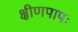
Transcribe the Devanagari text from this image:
क्षीणपापः